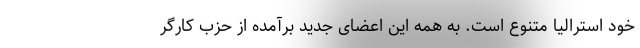
خود استرالیا متنوع است. به همه این اعضای جدید برآمده از حزب کارگر